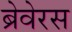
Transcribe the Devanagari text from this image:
ब्रेवेरस